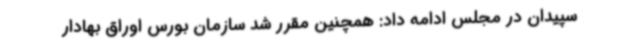
سپیدان در مجلس ادامه داد: همچنین مقرر شد سازمان بورس اوراق بهادار